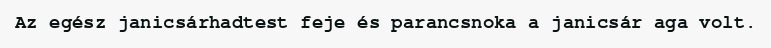
Az egész janicsárhadtest feje és parancsnoka a janicsár aga volt.